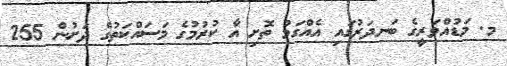
މ. މަޑުއްވަރީގެ ބަނދަރުގައި އެއްގަމު ތޮށި އާ ކުރުމުގެ މަސައްކަތުގެ ދަށުން 255